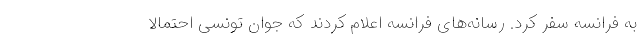
به فرانسه سفر کرد. رسانه‌های فرانسه اعلام کردند که جوان تونسی احتمالا